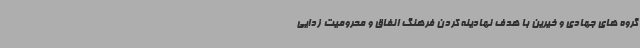
گروه های جهادی و خیرین با هدف نهادینه کردن فرهنگ انفاق و محرومیت زدایی